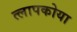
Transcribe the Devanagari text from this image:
त्लापकोया